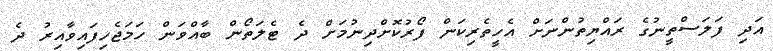
އަދި ފަލަސްތީނުގެ ރައްޔިތުންނަށް އެހީތެރިކަން ފޯރުކޮށްދިނުމަށް ދެ ޓެލަތޯން ބާއްވަން ހަމަޖެހިފައިވާއިރު ދެ